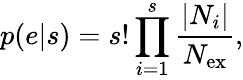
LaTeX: p(e|s)=s!\prod_{i=1}^{s}\frac{|N_{i}|}{N_{\mathrm{ex}}},